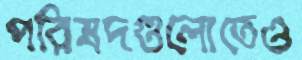
পরিষদগুলোতেও